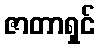
ဇာတာရှင်